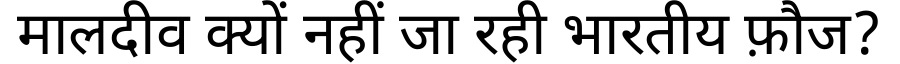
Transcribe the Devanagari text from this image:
मालदीव क्यों नहीं जा रही भारतीय फ़ौज?